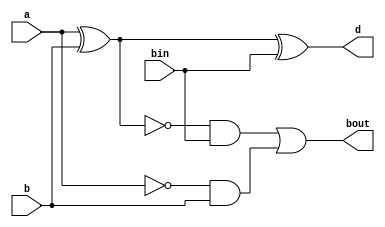
`timescale 1ns / 1ps
//////////////////////////////////////////////////////////////////////////////////
// Company: 
// Engineer: 
// 
// Design Name: 
// Module Name: full_subtractor
// Project Name: 
// Target Devices: 
// Tool Versions: 
// Description: 
// 
// Dependencies: 
// 
// Revision:
// Revision 0.01 - File Created
// Additional Comments:
// 
//////////////////////////////////////////////////////////////////////////////////


module full_subtractor(
    input a,
    input b,
    input bin,
    output d,
    output bout
);

assign d = (a ^ b) ^ bin;
assign bout = (~(a ^ b) & bin) | (~a & b);

endmodule